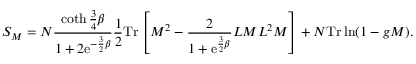
S _ { M } = N \frac { \coth \frac { 3 } { 4 } \beta } { 1 + 2 \mathrm { e } ^ { - \frac { 3 } { 2 } \beta } } \frac { 1 } { 2 } \mathrm { T r } \left[ M ^ { 2 } - \frac { 2 } { 1 + \mathrm { e } ^ { \frac { 3 } { 2 } \beta } } { \cal L } M { \cal L } ^ { 2 } M \right] + N \mathrm { T r } \ln ( 1 - g M ) .